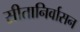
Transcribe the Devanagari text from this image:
सीतानिर्वासन